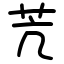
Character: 苀